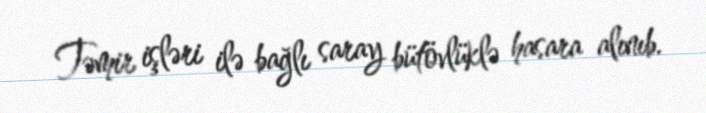
Təmir işləri ilə bağlı saray bütövlüklə hasara alınıb.